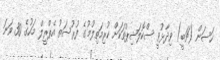
ހަސަން (ޗަބީ) ވިދާޅުވީ ސްކޮލަޝިޕްތަކަށް ކުރިމަތިލުމުގެ ފުރުސަތު އެޕްރީލް މަހުގެ 30 ވަނަ